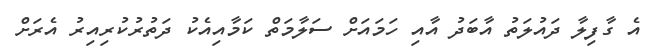
އެ ގާފިލާ ދައުލަތު އާބަދު އާއި ހަމައަށް ސަލާމަތް ކަމާއިއެކު ދަތުރުކުރިއިރު އެރަށް